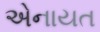
એનાયત